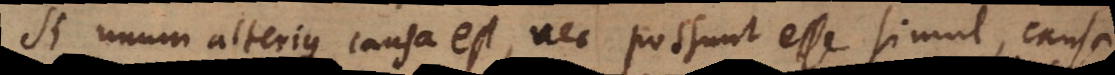
Si unum alterius causa est, nec possunt esse simul, causa